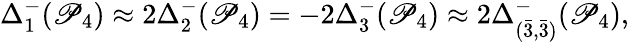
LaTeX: \Delta_{1}^{-}(\mathscr{P}_{4})\approx2\Delta_{2}^{-}(\mathscr{P}_{4})=-2\Delta_{3}^{-}(\mathscr{P}_{4})\approx2\Delta_{(\bar{{3}},\bar{{3}})}^{-}(\mathscr{P}_{4}),